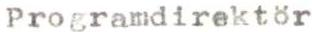
Programdirektör